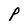
Character: P